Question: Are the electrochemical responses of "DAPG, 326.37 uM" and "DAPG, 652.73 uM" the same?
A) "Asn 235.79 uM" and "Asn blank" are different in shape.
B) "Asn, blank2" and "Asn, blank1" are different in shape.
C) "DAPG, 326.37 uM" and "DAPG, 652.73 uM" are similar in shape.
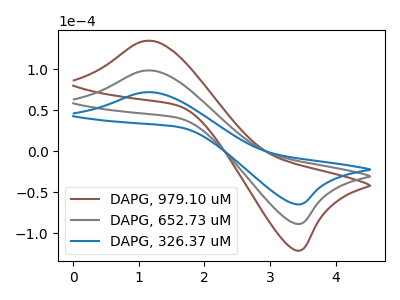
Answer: <think>The brown curve "DAPG, 979.10 uM" has an anodic peak at (1.10V, 197.10uA) and a cathodic peak at (3.45V, -177.05uA). The gray curve "DAPG, 652.73 uM" has an anodic peak at (1.10V, 98.55uA) and a cathodic peak at (3.45V, -88.55uA). The blue curve "DAPG, 326.37 uM" has an anodic peak at (1.10V, 72.05uA) and a cathodic peak at (3.45V, -64.70uA).
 All the peaks in "DAPG, 326.37 uM" have a peak in "DAPG, 652.73 uM" at the same potential. Every peak in "DAPG, 326.37 uM" is lower than every peak in "DAPG, 652.73 uM".</think>
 <answer>C) "DAPG, 326.37 uM" and "DAPG, 652.73 uM" are similar in shape.</answer>
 <eval>C</eval>